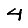
Digit: 4